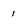
Character: 1